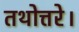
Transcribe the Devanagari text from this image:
तथोत्तरे।